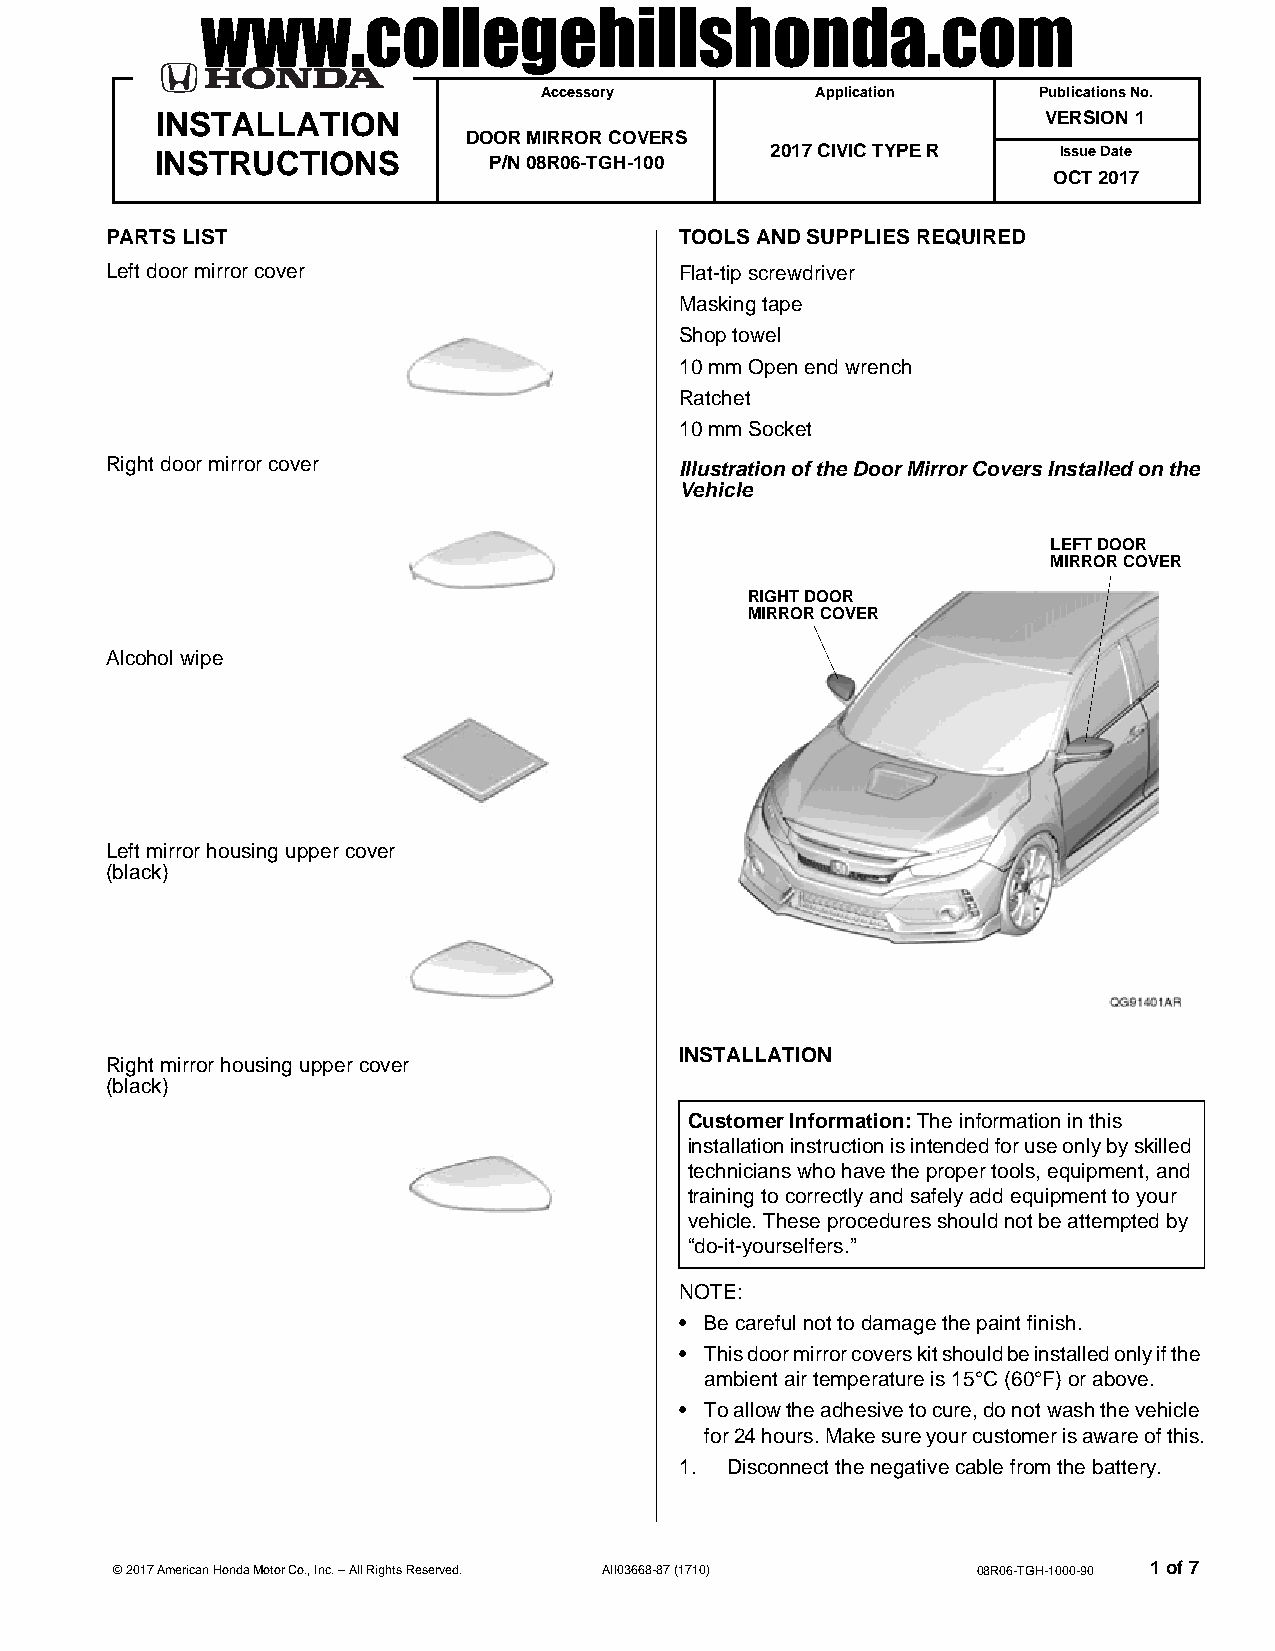
www.collegehillshonda.com
 Accessory         Application    Publications No.
 INSTALLATION                                               VERSION 1
 DOOR MIRROR COVERS
 INSTRUCTIONS          P/N 08R06-TGH-100  2017 CIVIC TYPE R  Issue Date
 OCT 2017
 PARTS LIST                            TOOLS AND SUPPLIES REQUIRED
 Left door mirror cover                Flat-tip screwdriver
 Masking tape
 Shop towel
 10 mm Open end wrench
 Ratchet
 10 mm Socket
 Right door mirror cover               Illustration of the Door Mirror Covers Installed on the
 Vehicle
 LEFT DOOR 
 MIRROR COVER
 RIGHT DOOR 
 MIRROR COVER
 Alcohol wipe
 Left mirror housing upper cover
 (black)
 INSTALLATION
 Right mirror housing upper cover
 (black)
 Customer Information: The information in this
 installation instruction is intended for use only by skilled
 technicians who have the proper tools, equipment, and
 training to correctly and safely add equipment to your
 vehicle. These procedures should not be attempted by
 “do-it-yourselfers.”
 NOTE:
 • Be careful not to damage the paint finish.
 • This door mirror covers kit should be installed only if the
 ambient air temperature is 15°C (60°F) or above.
 • To allow the adhesive to cure, do not wash the vehicle
 for 24 hours. Make sure your customer is aware of this.
 1. Disconnect the negative cable from the battery.
 © 2017 American Honda Motor Co., Inc. – All Rights Reserved. AII03668-87 (1710) 08R06-TGH-1000-90 1 of 7